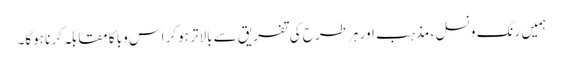
ہمیں رنگ و نسل ، مذہب اور ہر طرح کی تفریق سے بالاتر ہوکر اس وبا کا مقابلہ کرنا ہوگا۔